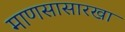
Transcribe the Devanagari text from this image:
माणसासारखा